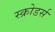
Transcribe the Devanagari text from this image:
स्क्रोडर्स